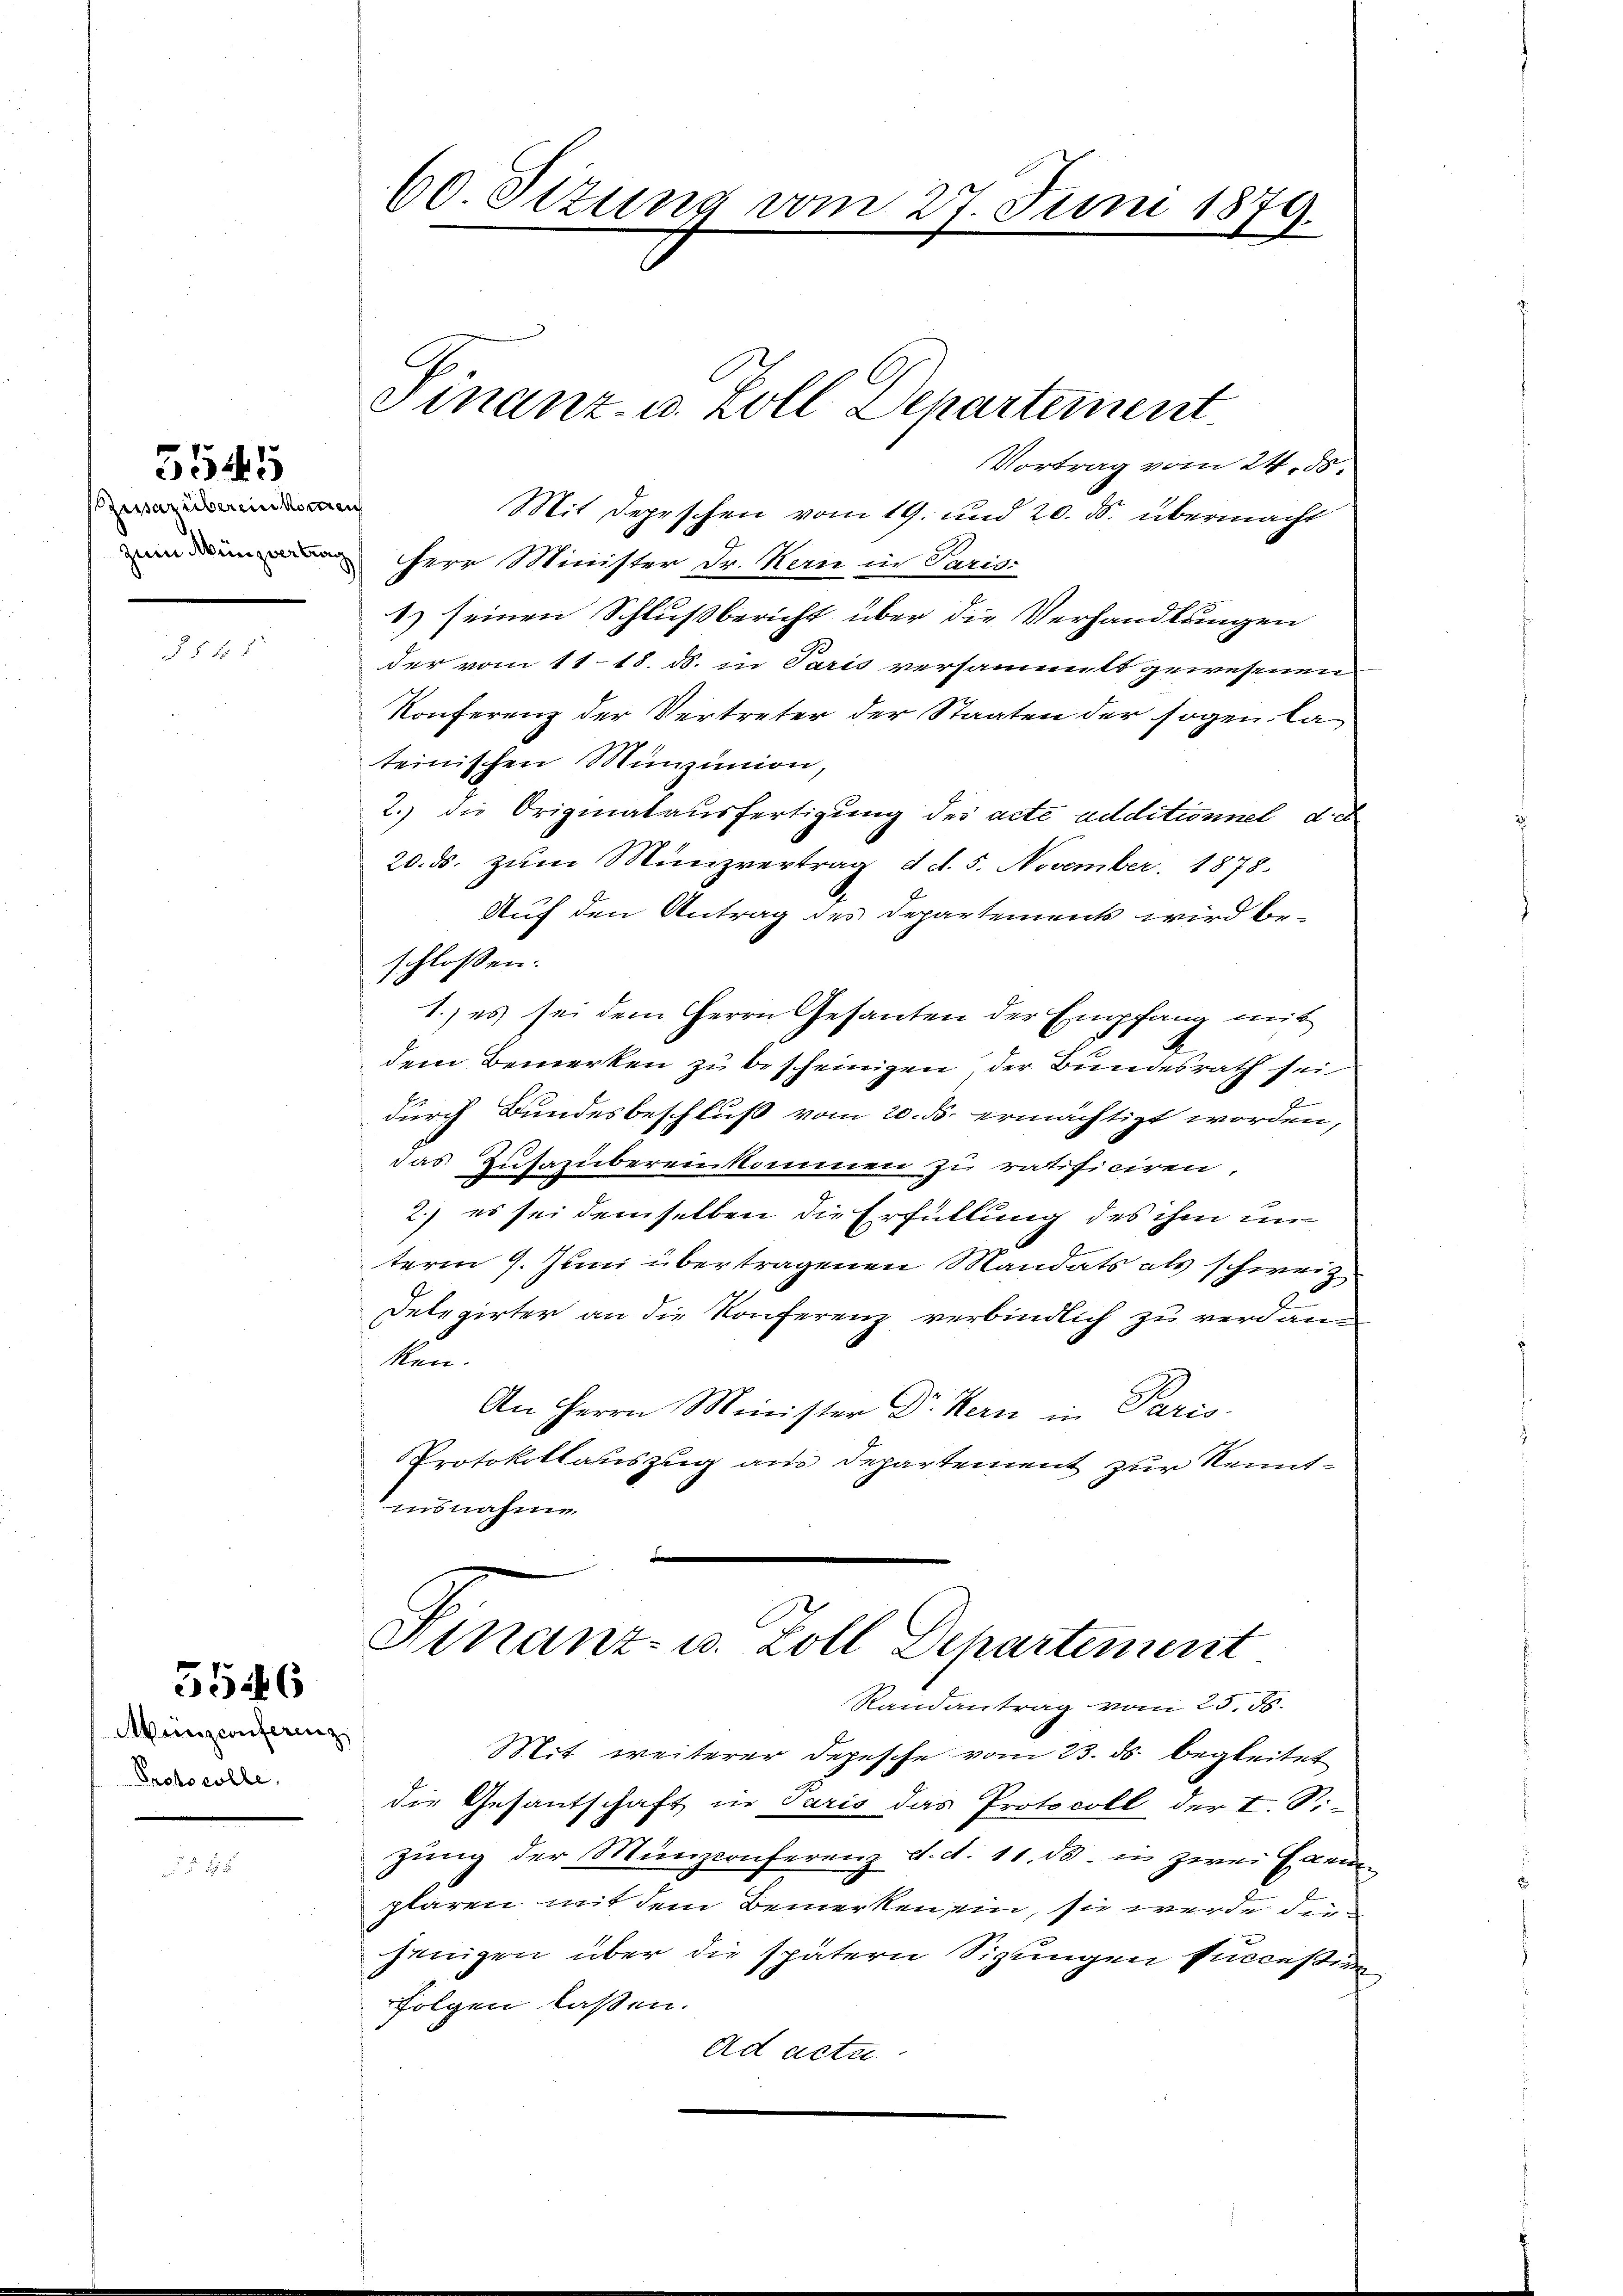
usazübereinkomman

5545

§5 f 2

3546

Munzconferenz
Protocolle.

60. Sizung vom 27. Juni 1874.
E

Herr Minister Dr. Kern in Paris
1) seinen Schlußbericht über die Verhandlungen
der vom 11.18. ds. in Paris versammelt gewesenen
Konferenz der Vertreter der Staaten der sogen la
teinischen Münzunion,
2.) die Originalausfertigung des acte additionnel d. d
20. ds. zŭm Münzvertrag d. d. 5. November. 1878.
Auf den Antrag des Departements wird be-
schlossen:
1.) es sei dem Herrn Gesanten der Empfang mit
dem Bemerken zu bescheinigen, der Bundesrath sei
durch Bundesbeschluß vom 20. ds. ermächtigt worden,
das Zusagbereinkommen zu ratificiren.
2.) es sei demselben die Erfüllung des ihm in
term 9. Juni übertragenen Mandats als schweiz
Delegirter an die Konferenz verbindlich zu verdanken.
An Herrn Minister Dr. Kern in Paris.
Protokollauszug aus Departement zur Kenntinsnahme

Finanz- u. Zoll Dehartement
Randantrag vom 25. 56.
Mit weiterer Depesche vom 23. ds. begleitet
die Gesantschaft in Paris das Protocoll der I. S.
zung der Münzconferenz d. d. 11. ds. in zwei Exem
plaren mit dem Bemerken ein, sie werde die
jenigen über die spätern Sitzungen Inccessire
folgen lassen.
ad actu

Vortrag vom 24. ds.
Mit Depeschen vom 19. und 20. ds. übermacht

Finanz- u. Zoll Departement.